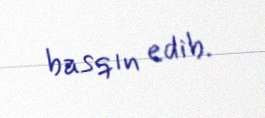
basqın edib.